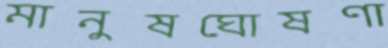
মানুষঘোষণা